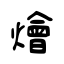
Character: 燴